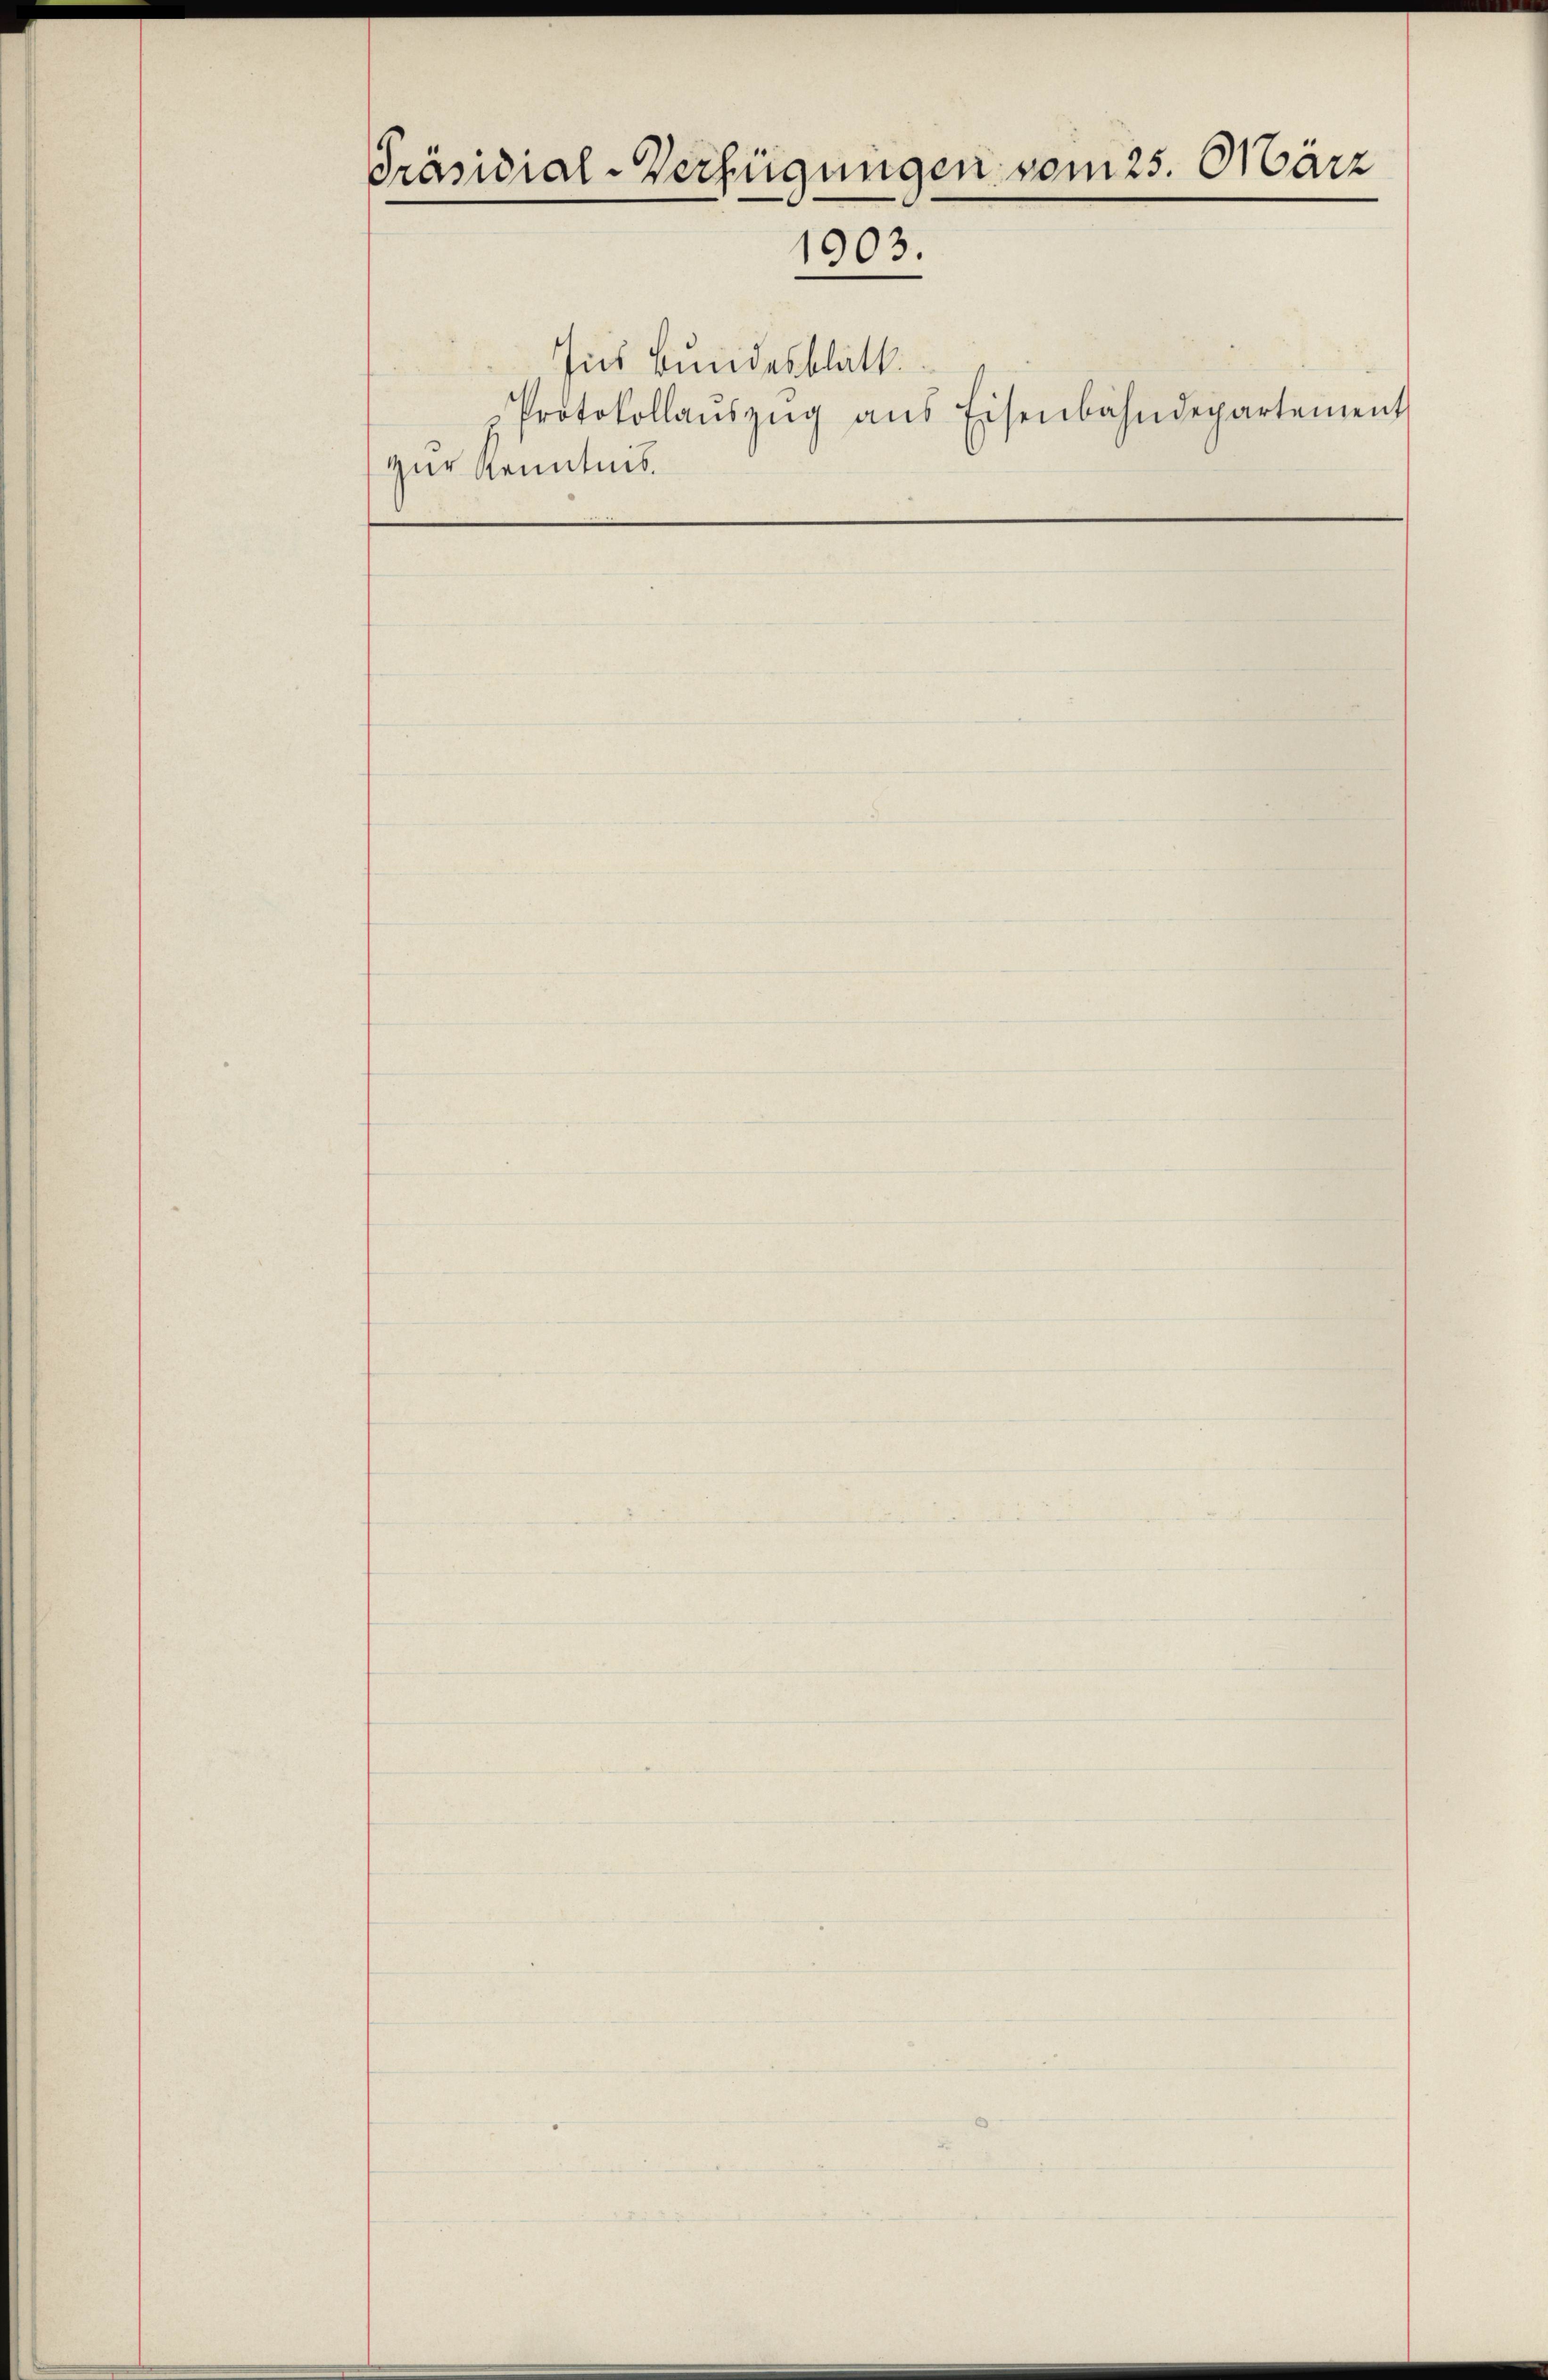
Präsidial-Verfügungen vom 25. März
1903.

zur Kenntnis.

Ins Bundesblatt.
Protokollaŭszŭg ans Eisenbahndepartement